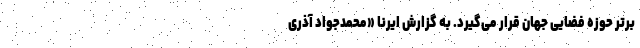
برتر حوزه فضایی جهان قرار می‌گیرد. به گزارش ایرنا «محمدجواد آذری